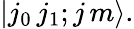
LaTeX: \left|j_{0}\, j_{1};j\, m\right\rangle.